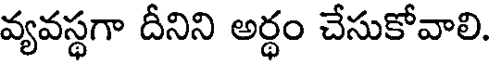
వ్యవస్థగా దీనిని అర్థం చేసుకోవాలి.